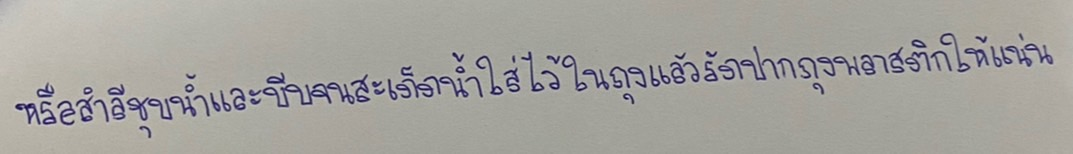
หรือสำลีชุบน้ำและบีบจนสะเด็ดน้ำใส่ไว้ในถุงแล้วรัดปากถุงพลาสติกให้แน่น